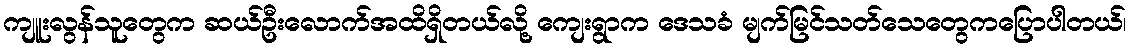
ကျူးလွန်သူတွေက ဆယ်ဦးလောက်အထိရှိတယ်လို့ ကျေးရွာက ဒေသခံ မျက်မြင်သတ်သေတွေကပြောပါတယ်၊